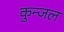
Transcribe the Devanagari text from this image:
कुन्जल